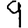
Digit: 9